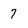
Character: 7